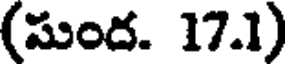
(సుంద. 17.1)